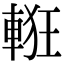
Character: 𨌃